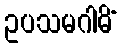
ဥပသမဂါမိံ